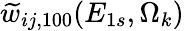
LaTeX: \widetilde{w}_{ij,100}(E_{1s},\Omega_{k})